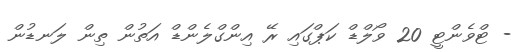
- ޓްވެންޓީ 20 ވޯލްޑް ކަޕްގައި ރޭ އިންގްލެންޑް އަތުން ތިން ލަނޑުން